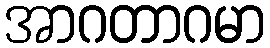
အာဂတာဂမာ